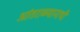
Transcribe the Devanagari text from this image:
आंतराळयानाची